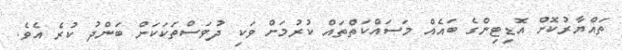
ތައްޔާރުކޮށް އޮޑިޓިންގެ ބައެއް މަސައްކަތްތައް ކުރުމަށް ވަކި ދުވަސްތަކަކަށް ބަންދު ކުރެ އެވެ.